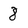
Character: 8